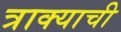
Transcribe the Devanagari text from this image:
त्राक्याची